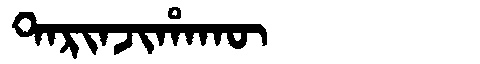
Manchu: ᡨᠠᡵᡳᠨᠵᡳᡥᠠᡴᡡ
Romanization: TARINJIHAKŪ